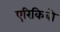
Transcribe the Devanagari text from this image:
एरिकिबो